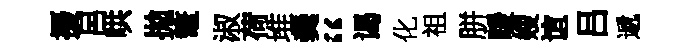
擾呂哄拋鼇淑荷堆羮“谒化祖胼暖嫂谊吕遞